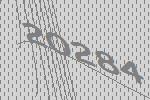
20284